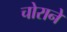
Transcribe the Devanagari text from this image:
चोराने